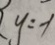
y = - 1